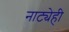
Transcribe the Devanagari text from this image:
नाट्येही